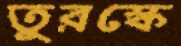
তুরস্কে